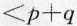
< p + q$$